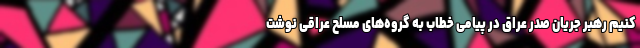
کنیم رهبر جریان صدر عراق در پیامی خطاب به گروه‌های مسلح عراقی نوشت